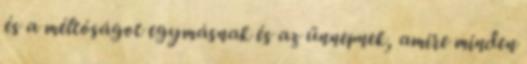
és a méltóságot egymásnak és az ünnepnek, amire minden